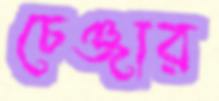
চেঞ্জার